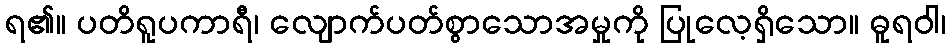
ရ၏။ ပတိရူပကာရီ၊ လျောက်ပတ်စွာသောအမှုကို ပြုလေ့ရှိသော။ ဓူရဝါ၊